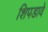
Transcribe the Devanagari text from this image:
शिपडावे